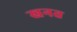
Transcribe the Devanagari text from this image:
खनत